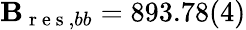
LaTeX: \mathbf{B}_{\mathrm{{~r~e~s~}},bb}=893.78(4)